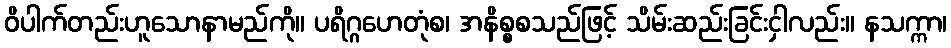
ဝိပါက်တည်းဟူသောနာမည်ကို။ ပရိဂ္ဂဟေတုံစ၊ အနိစ္စစသည်ဖြင့် သိမ်းဆည်းခြင်းငှါလည်း။ နသက္ကာ၊